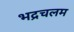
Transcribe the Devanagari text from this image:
भद्रचलम